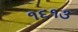
૧૬૧૩